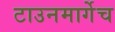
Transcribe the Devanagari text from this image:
टाउनमार्गेच